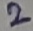
Text: 2